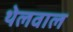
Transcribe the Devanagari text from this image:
थेलवाल